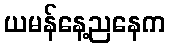
ယမန်နေ့ညနေက